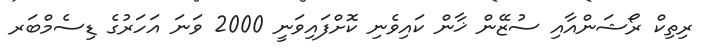
ރިތިކް ރޯޝަންއާއި ސުޒޭން ޚާން ކައިވެނި ކޮށްފައިވަނީ 2000 ވަނަ އަހަރުގެ ޑިސެމްބަރ